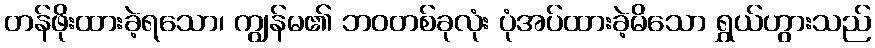
တန်ဖိုးထားခဲ့ရသော၊ ကျွန်မ၏ ဘဝတစ်ခုလုံး ပုံအပ်ထားခဲ့မိသော ရွှယ်ဟွားသည်